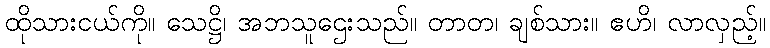
ထိုသားငယ်ကို။ သေဋ္ဌိ၊ အဘသူဌေးသည်။ တာတ၊ ချစ်သား။ ဧဟိ၊ လာလှည့်။